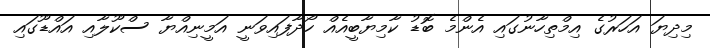
މިދިޔަ އަހަރުގެ އިމްތިހާނުގައި އެންމެ ބޮޑު ކާމިޔާބީއެއް ހޯދާފައިވަނީ އަމީނިއްޔާ ސްކޫލާއި އައްޑޫގައި